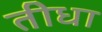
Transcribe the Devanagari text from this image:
तीधा